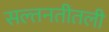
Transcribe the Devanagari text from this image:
सल्तनतीतली